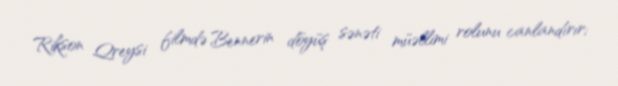
Rikson Qreysi filmdə Bennerin döyüş sənəti müəllimi rolunu canlandırır;